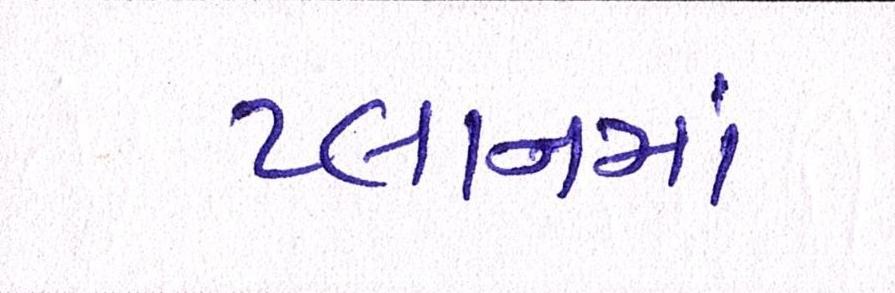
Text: પ્લાનમાં